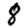
Digit: 8